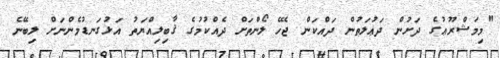
"މިމަޝްރޫޢުގެ ދަށުން ދަޢުލަތުން ދައްކަން ޖެހޭ ލޯންތަށް ދެއްކުމުގެ ޤާބިލިއްޔަތު އަޅުގަނޑުމެންނަށް ލިބޭނެ